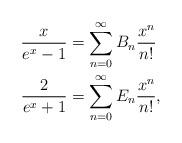
LaTeX: \begin{align*}\frac{x}{e^x-1}&=\sum_{n=0}^{\infty}B_n\frac{x^n}{n!}\\\frac{2}{e^x+1}&=\sum_{n=0}^{\infty}E_n\frac{x^n}{n!},\end{align*}